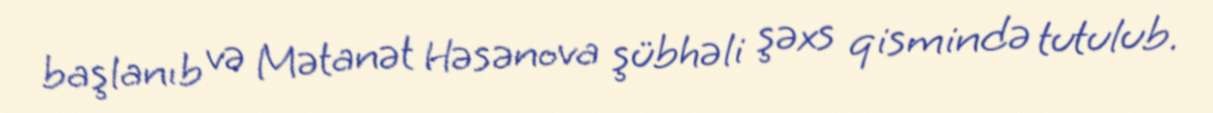
başlanıb və Mətanət Həsənova şübhəli şəxs qismində tutulub.